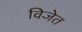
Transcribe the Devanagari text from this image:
विजेत